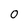
Character: 0